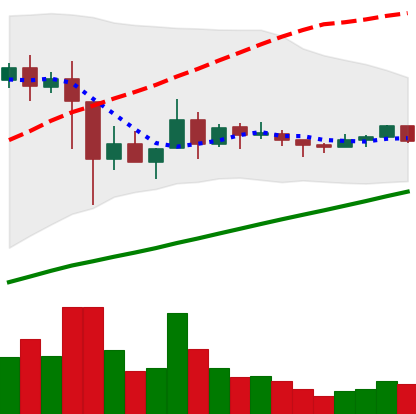
Ticker: XLM-USD
Chart end date: 2021-03-10
Forward return: -6.152%
Label: down_5_7